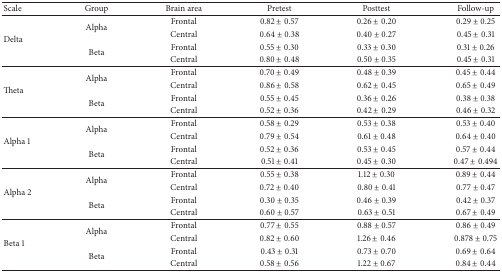
<table><thead><tr><td><b>Scale </b></td><td><b>Group</b></td><td><b>Brain area</b></td><td><b>Pretest</b></td><td><b>Posttest</b></td><td><b>Follow-up</b></td></tr></thead><tbody><tr><td rowspan="4">Delta</td><td rowspan="2">Alpha</td><td>Frontal</td><td>0.82 ± 0.57</td><td>0.26 ± 0.20</td><td>0.29 ± 0.25</td></tr><tr><td>Central</td><td>0.64 ± 0.38</td><td>0.40 ± 0.27</td><td>0.45 ± 0.31</td></tr><tr><td rowspan="2">Beta</td><td>Frontal</td><td>0.55 ± 0.30</td><td>0.33 ± 0.30</td><td>0.31 ± 0.26</td></tr><tr><td>Central</td><td>0.80 ± 0.48</td><td>0.50 ± 0.35</td><td>0.45 ± 0.31</td></tr><tr><td rowspan="4">Theta</td><td rowspan="2">Alpha</td><td>Frontal</td><td>0.70 ± 0.49</td><td>0.48 ± 0.39</td><td>0.45 ± 0.44</td></tr><tr><td>Central</td><td>0.86 ± 0.58</td><td>0.62 ± 0.45</td><td>0.65 ± 0.49</td></tr><tr><td rowspan="2">Beta</td><td>Frontal</td><td>0.55 ± 0.45</td><td>0.36 ± 0.26</td><td>0.38 ± 0.38</td></tr><tr><td>Central</td><td>0.52 ± 0.36</td><td>0.42 ± 0.29</td><td>0.46 ± 0.32</td></tr><tr><td rowspan="4">Alpha 1</td><td rowspan="2">Alpha</td><td>Frontal</td><td>0.58 ± 0.29</td><td>0.53 ± 0.38</td><td>0.53 ± 0.40</td></tr><tr><td>Central</td><td>0.79 ± 0.54</td><td>0.61 ± 0.48</td><td>0.64 ± 0.40</td></tr><tr><td rowspan="2">Beta</td><td>Frontal</td><td>0.52 ± 0.36</td><td>0.53 ± 0.45</td><td>0.57 ± 0.44</td></tr><tr><td>Central</td><td>0.51 ± 0.41</td><td>0.45 ± 0.30</td><td>0.47 ± 0.494</td></tr><tr><td rowspan="4">Alpha 2</td><td rowspan="2">Alpha</td><td>Frontal</td><td>0.55 ± 0.38</td><td>1.12 ± 0.30</td><td>0.89 ± 0.44</td></tr><tr><td>Central</td><td>0.72 ± 0.40</td><td>0.80 ± 0.41</td><td>0.77 ± 0.47</td></tr><tr><td rowspan="2">Beta</td><td>Frontal</td><td>0.30 ± 0.35</td><td>0.46 ± 0.39</td><td>0.42 ± 0.37</td></tr><tr><td>Central</td><td>0.60 ± 0.57</td><td>0.63 ± 0.51</td><td>0.67 ± 0.49</td></tr><tr><td rowspan="4">Beta 1</td><td rowspan="2">Alpha</td><td>Frontal</td><td>0.77 ± 0.55</td><td>0.88 ± 0.57</td><td>0.86 ± 0.49</td></tr><tr><td>Central</td><td>0.82 ± 0.60</td><td>1.26 ± 0.46</td><td>0.878 ± 0.75</td></tr><tr><td rowspan="2">Beta</td><td>Frontal</td><td>0.43 ± 0.31</td><td>0.73 ± 0.70</td><td>0.69 ± 0.64</td></tr><tr><td>Central</td><td>0.58 ± 0.56</td><td>1.22 ± 0.67</td><td>0.84 ± 0.44</td></tr></tbody></table>